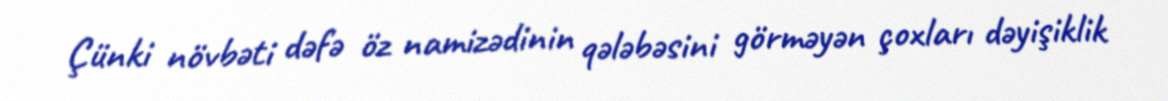
Çünki növbəti dəfə öz namizədinin qələbəsini görməyən çoxları dəyişiklik